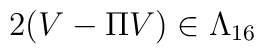
2(V-\Pi V) \in \Lambda_{16}